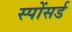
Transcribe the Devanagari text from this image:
स्पोंसर्ड